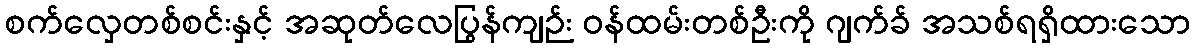
စက်လှေတစ်စင်းနှင့် အဆုတ်လေပြွန်ကျဉ်း ဝန်ထမ်းတစ်ဦးကို ဂျက်ခ် အသစ်ရရှိထားသော